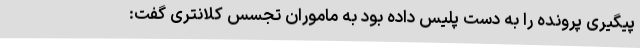
پیگیری پرونده را به دست پلیس داده بود به ماموران تجسس کلانتری گفت: